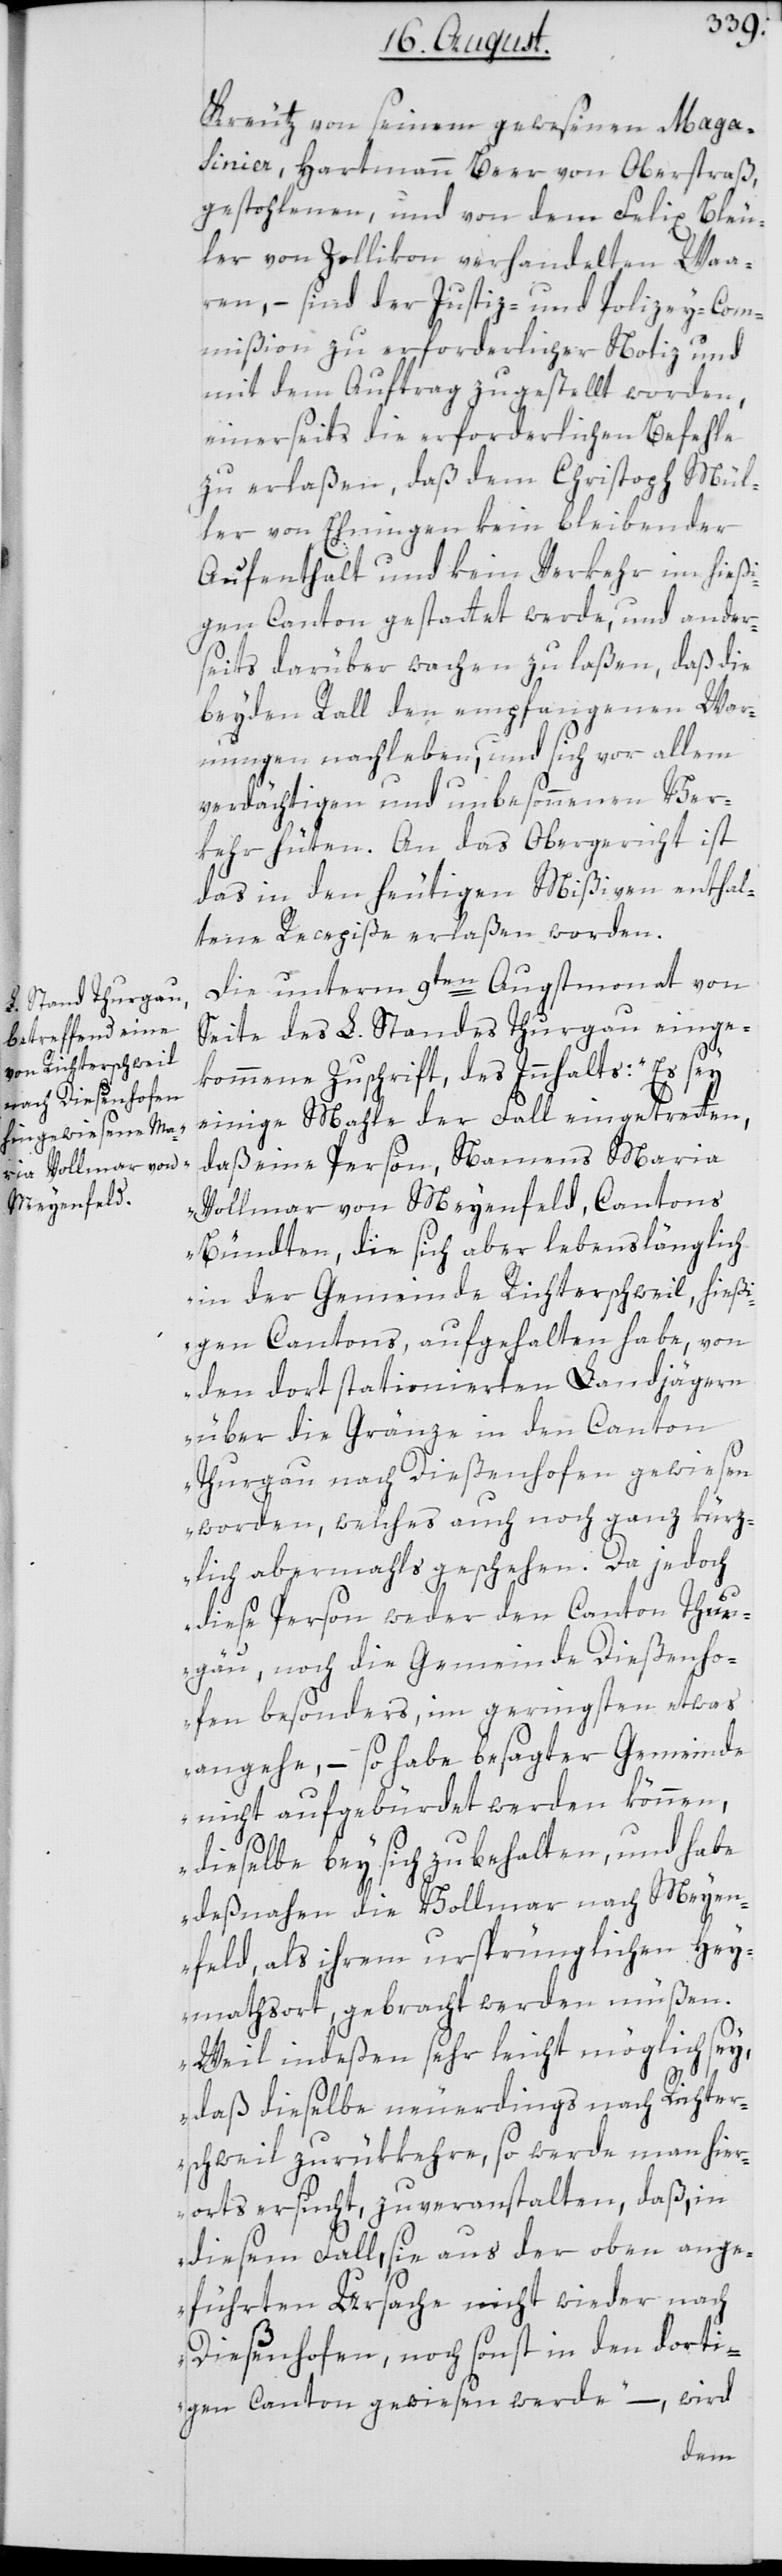
Kreutz von seinem gewesenen Maga¬
sinier, Hartmann Beer von Oberstraß,
gestohlenen, und von dem Felix Bleu¬
ler von Zollikon verhandelten Waa¬
ren, – sind der Justiz- und Polizey-Com¬
mißion zu erforderlicher Notiz- und
mit dem Auftrag zugestellt worden,
einerseits die erforderlichen Befehle
zu erlaßen, daß dem Christoph Mül¬
ler von Ehningen kein bleibender
Aufenthalt und kein Verkehr im hießi¬
gen Canton gestattet werde, und ander¬
seits darüber wachen zu laßen, daß die
beyden Rall den empfangenen War¬
nungen nachleben, und sich vor allem
verdächtigen und unbesonnenen Ver¬
kehr hüten. An das Obergericht ist
das in den heutigen Mißiven enthal¬
tene Recepiße erlaßen worden.
Die unterm 9ten Augstmonat von
Seite des L. Standes Thurgau einge¬
kommene Zuschrift, des Innhalts: „Es sey
einige Mahle der Fall eingetretten,
daß eine Person, Namens Maria
Vollmar von Mayenfeld, Cantons
Bündten, die sich aber lebenslänglich
in der Gemeinde Richterschweil, hießi¬
gen Cantons, aufgehalten habe, von
den dort stationierten Landjägern
über die Gränze in den Canton
Thurgau nach Dießenhofen gewiesen
worden, welches auch noch ganz kürz¬
lich abermahls geschehen. Da jedoch
dieser Person weder den Canton Thur¬
gäu, noch die Gemeinde Dießenho¬
fen besonders, im geringsten etwas
angehe, so habe besagter Gemeinde
nicht aufgebürdet werden können,
dieselbe bey sich zu behalten, und habe
deßnahen die Vollmar nach Meyen¬
feld, als ihrem ursprünglichen Hey¬
mathsort gebracht werden müßen.
Weil indeßen sehr leicht möglich sey,
daß dieselbe neuerdings nach Richter¬
schweil zurükkehre, so werde man hier¬
orts ersucht, zu veranstalten, daß, in
diesem Fall, sie aus der oben ange¬
führten Ursache nicht wieder nach
Dießenhofen, noch sonst in den dorti¬
gen Canton gewiesen werde“ –, wird